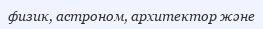
физик, астроном, архитектор және